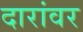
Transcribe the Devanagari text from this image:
दारांवर